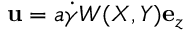
\mathbf { u } = a \dot { \gamma } W ( X , Y ) \mathbf { e } _ { z }